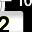
Digit: 2